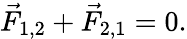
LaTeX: {\vec{F}}_{1,2}+{\vec{F}}_{\mathrm{2,1}}=0.